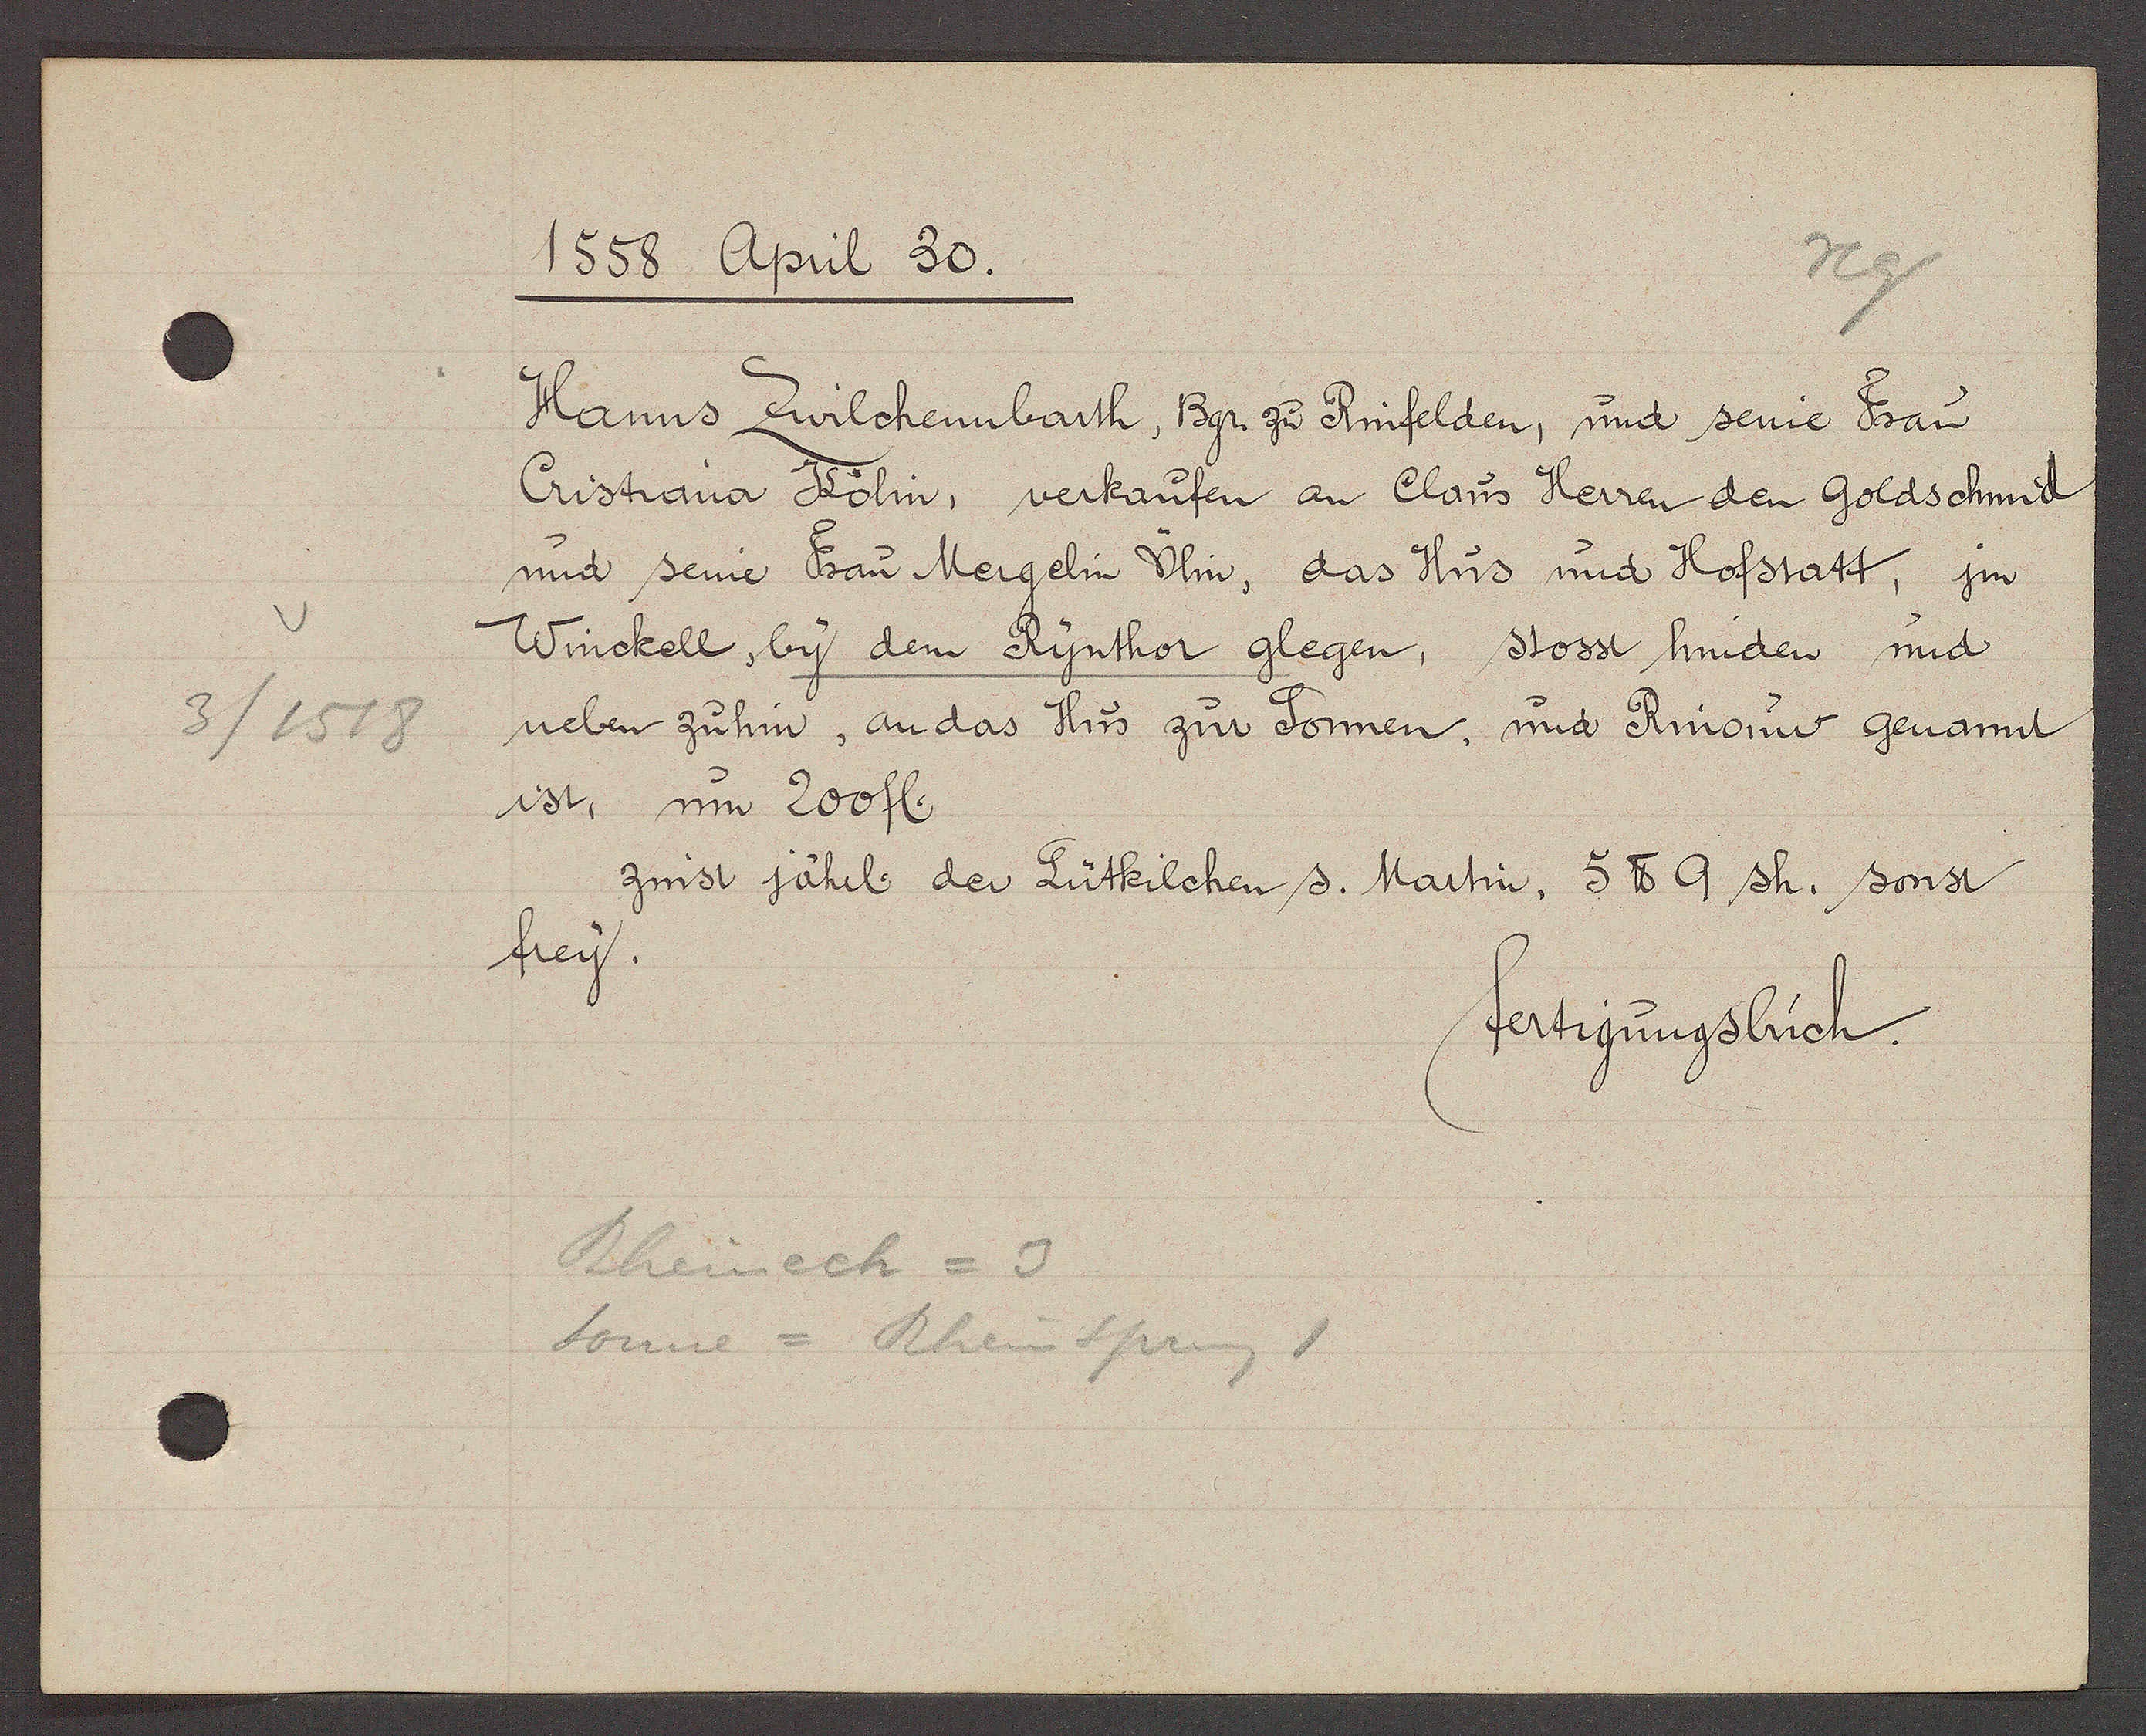
Transcript:
3/1518

1558 April 30

Hanns Zwilchenbarth, Bgr. zu Rinfelden, und seine Frau
Cristiana Kölin, verkaufen an Claus Herren den Goldschmid
und seine Frau Mergelin Ülin, das Hus und Hofstatt, jm
Winckell, by dem Rynthor glegen, stosst hinden und
neben zuhin, an das Hus zur Sonnen und Rinouw genannt
ist, um 200 fl.
zinst jährl. der Lütkilchen s. Martin, 5 ℔ 9 sh. sonst
frey.

fertigungsbuch.

Rheineck = 3
Sonne = Rheinsprung 1